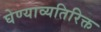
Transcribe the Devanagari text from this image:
घेण्याव्यतिरिक्त